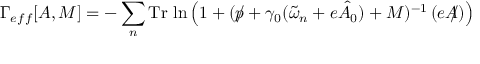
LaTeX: \Gamma _ { e f f } [ A , M ] = - \sum _ { n } \mathrm { T r } \, \ln \left( 1 + ( p \! \! \! \slash + \gamma _ { 0 } ( \tilde { \omega } _ { n } + e \hat { A } _ { 0 } ) + M ) ^ { - 1 } \, ( e A \! \! \! \slash ) \right)